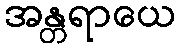
အန္တရာယေ